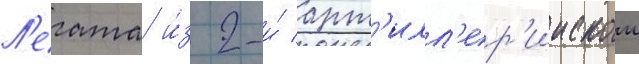
Л'егата и́з 2-и́ арт'илл'ер'иискои